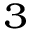
_ 3